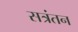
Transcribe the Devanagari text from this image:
सत्रंतन